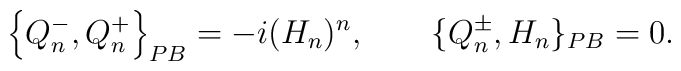
\left\{Q^-_n,Q^+_n\right\}_{PB}=-i(H_n)^n, \qquad \{Q^\pm_n,H_n\}_{PB}=0.